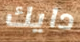
دايك